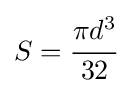
S={\cfrac {\pi d^{3}}{32}}